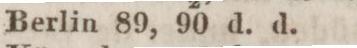
Berlin 89, 90 d. d.